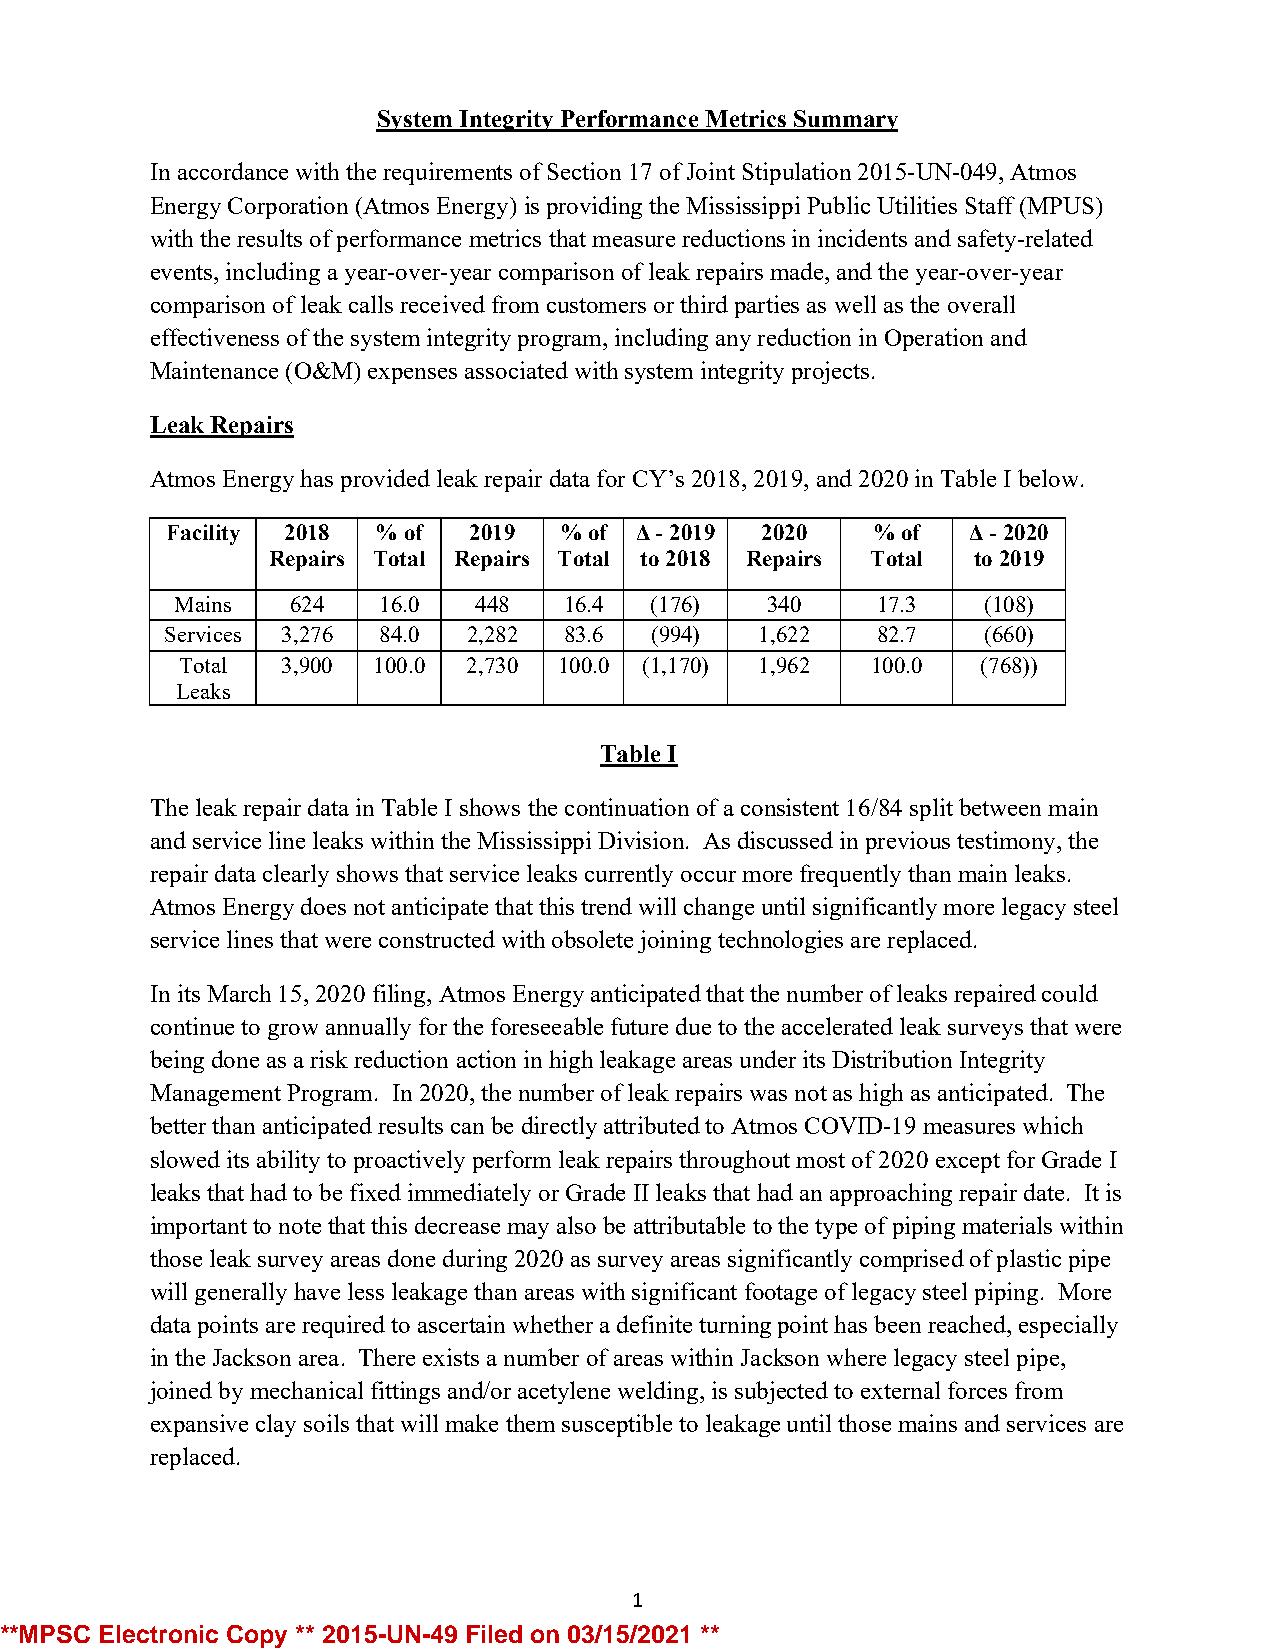
System Integrity Performance Metrics Summary
 In accordance with the requirements of Section 17 of Joint Stipulation 2015-UN-049, Atmos
 Energy Corporation (Atmos Energy) is providing the Mississippi Public Utilities Staff (MPUS)
 with the results of performance metrics that measure reductions in incidents and safety-related
 events, including a year-over-year comparison of leak repairs made, and the year-over-year
 comparison of leak calls received from customers or third parties as well as the overall
 effectiveness of the system integrity program, including any reduction in Operation and
 Maintenance (O&M) expenses associated with system integrity projects.
 Leak Repairs
 Atmos Energy has provided leak repair data for CY’s 2018, 2019, and 2020 in Table I below.
 Facility 2018 % of  2019  % of Δ - 2019 2020   % of  Δ - 2020
 Repairs Total Repairs Total to 2018 Repairs Total to 2019
 Mains  624   16.0  448   16.4  (176)   340    17.3   (108)
 Services 3,276 84.0 2,282 83.6  (994)  1,622   82.7   (660)
 Total  3,900 100.0 2,730 100.0 (1,170) 1,962  100.0  (768))
 Leaks
 Table I
 The leak repair data in Table I shows the continuation of a consistent 16/84 split between main
 and service line leaks within the Mississippi Division. As discussed in previous testimony, the
 repair data clearly shows that service leaks currently occur more frequently than main leaks.
 Atmos Energy does not anticipate that this trend will change until significantly more legacy steel
 service lines that were constructed with obsolete joining technologies are replaced.
 In its March 15, 2020 filing, Atmos Energy anticipated that the number of leaks repaired could
 continue to grow annually for the foreseeable future due to the accelerated leak surveys that were
 being done as a risk reduction action in high leakage areas under its Distribution Integrity
 Management Program. In 2020, the number of leak repairs was not as high as anticipated. The
 better than anticipated results can be directly attributed to Atmos COVID-19 measures which
 slowed its ability to proactively perform leak repairs throughout most of 2020 except for Grade I
 leaks that had to be fixed immediately or Grade II leaks that had an approaching repair date. It is
 important to note that this decrease may also be attributable to the type of piping materials within
 those leak survey areas done during 2020 as survey areas significantly comprised of plastic pipe
 will generally have less leakage than areas with significant footage of legacy steel piping. More
 data points are required to ascertain whether a definite turning point has been reached, especially
 in the Jackson area. There exists a number of areas within Jackson where legacy steel pipe,
 joined by mechanical fittings and/or acetylene welding, is subjected to external forces from
 expansive clay soils that will make them susceptible to leakage until those mains and services are
 replaced.
 1
 **MPSC Elec tronic Copy ** 2015-UN-49 Filed on 03/15/2021 **